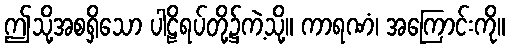
ဤသို့အစရှိသော ပါဠိရပ်တို့၌ကဲ့သို့။ ကာရဏံ၊ အကြောင်းကို။